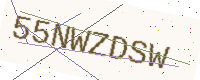
Text: 55NWZDSW